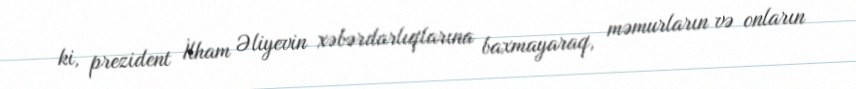
ki, prezident İlham Əliyevin xəbərdarlıqlarına baxmayaraq, məmurların və onların